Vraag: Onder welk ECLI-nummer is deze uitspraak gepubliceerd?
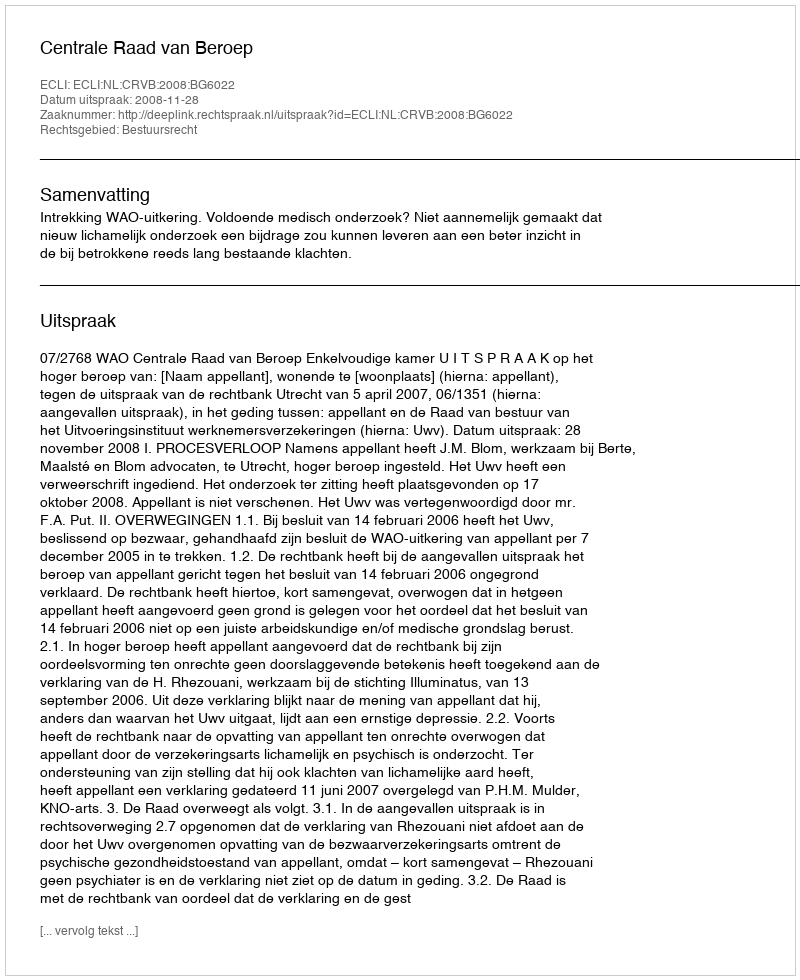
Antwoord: ECLI:NL:CRVB:2008:BG6022